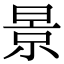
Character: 景